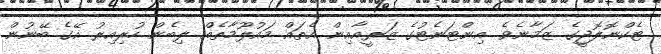
ޓެކްނޮލޮޖީގެ ޒަމާނެވެ. އިންޓަނެޓުގެ ޒަރީއާއިން އެތައް މައުލޫމާތެއް ލިބެން ހުރިއިރު އޭގެ ބޭނުން